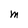
Character: M